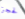
لحجز